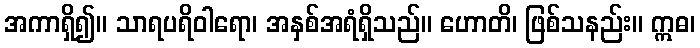
အကာရှိ၍။ သာရပရိဝါရော၊ အနှစ်အရံရှိသည်။ ဟောတိ၊ ဖြစ်သနည်း။ ဣဓ၊